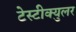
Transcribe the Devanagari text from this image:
टेस्टीक्युलर